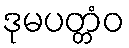
ဒုမပတ္တံဝ